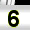
Digit: 6